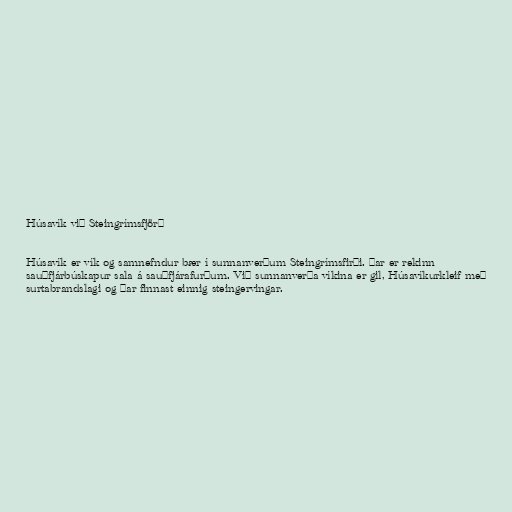
Húsavík við Steingrímsfjörð

Húsavík er vík og samnefndur bær í sunnanverðum Steingrímsfirði. Þar er rekinn
sauðfjárbúskapur sala á sauðfjárafurðum. Við sunnanverða víkina er gil, Húsavíkurkleif með
surtabrandslagi og þar finnast einnig steingervingar.